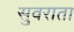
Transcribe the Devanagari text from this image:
सुवराता